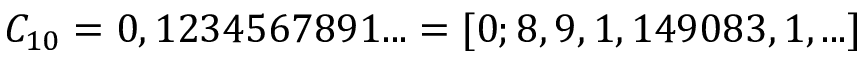
C _ { 1 0 } = 0 , 1 2 3 4 5 6 7 8 9 1 . . . = [ 0 ; 8 , 9 , 1 , 1 4 9 0 8 3 , 1 , . . . ]